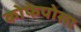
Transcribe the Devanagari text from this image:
कोफेपोसा